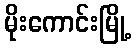
မိုးကောင်းမြို့